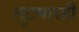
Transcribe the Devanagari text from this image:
लुटमारही